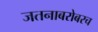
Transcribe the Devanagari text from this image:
जतनाबरोबरच